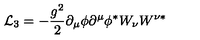
{ \cal L } _ { 3 } = - \frac { g ^ { 2 } } { 2 } \partial _ { \mu } \phi \partial ^ { \mu } \phi ^ { \ast } W _ { \nu } W ^ { \nu \ast }